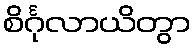
စိင်္ဂုလာယိတွာ